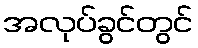
အလုပ်ခွင်တွင်